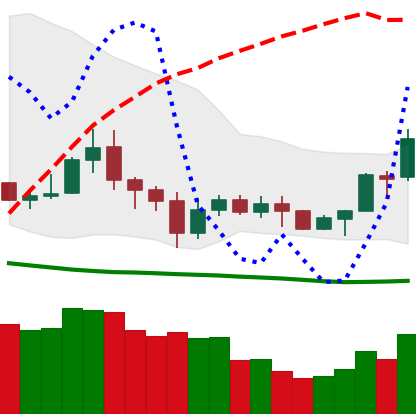
Ticker: NEO-USD
Chart end date: 2020-07-08
Forward return: -3.389%
Label: down_3_5